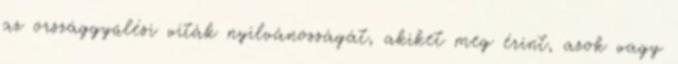
az országgyűlési viták nyilvánosságát, akiket meg érint, azok vagy